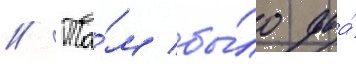
// Та́м бы́ло два́